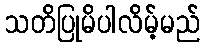
သတိပြုမိပါလိမ့်မည်